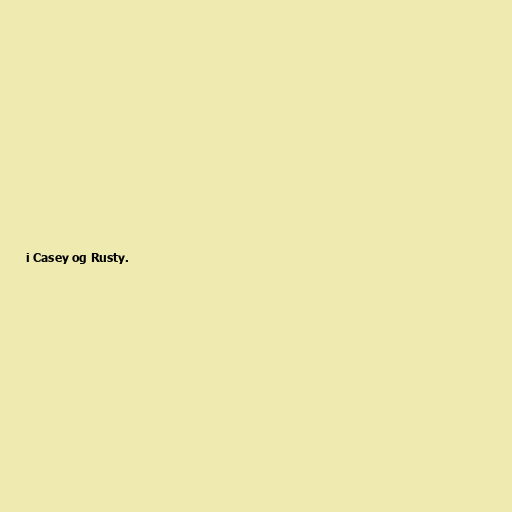
i Casey og Rusty.